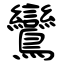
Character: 鸞